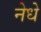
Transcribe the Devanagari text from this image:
नेधे